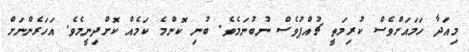
މިއަދާ ހަމައަށްވެސް ކުރިމަތީ ޗުއްޕުވެސް ނުބުނަމެވެ. ބުނި ކޮންމެ ކަމެއް ކޮށްދިނީމެވެ. އަހަރެންނަށް